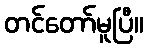
တင်တော်မူပြီ။